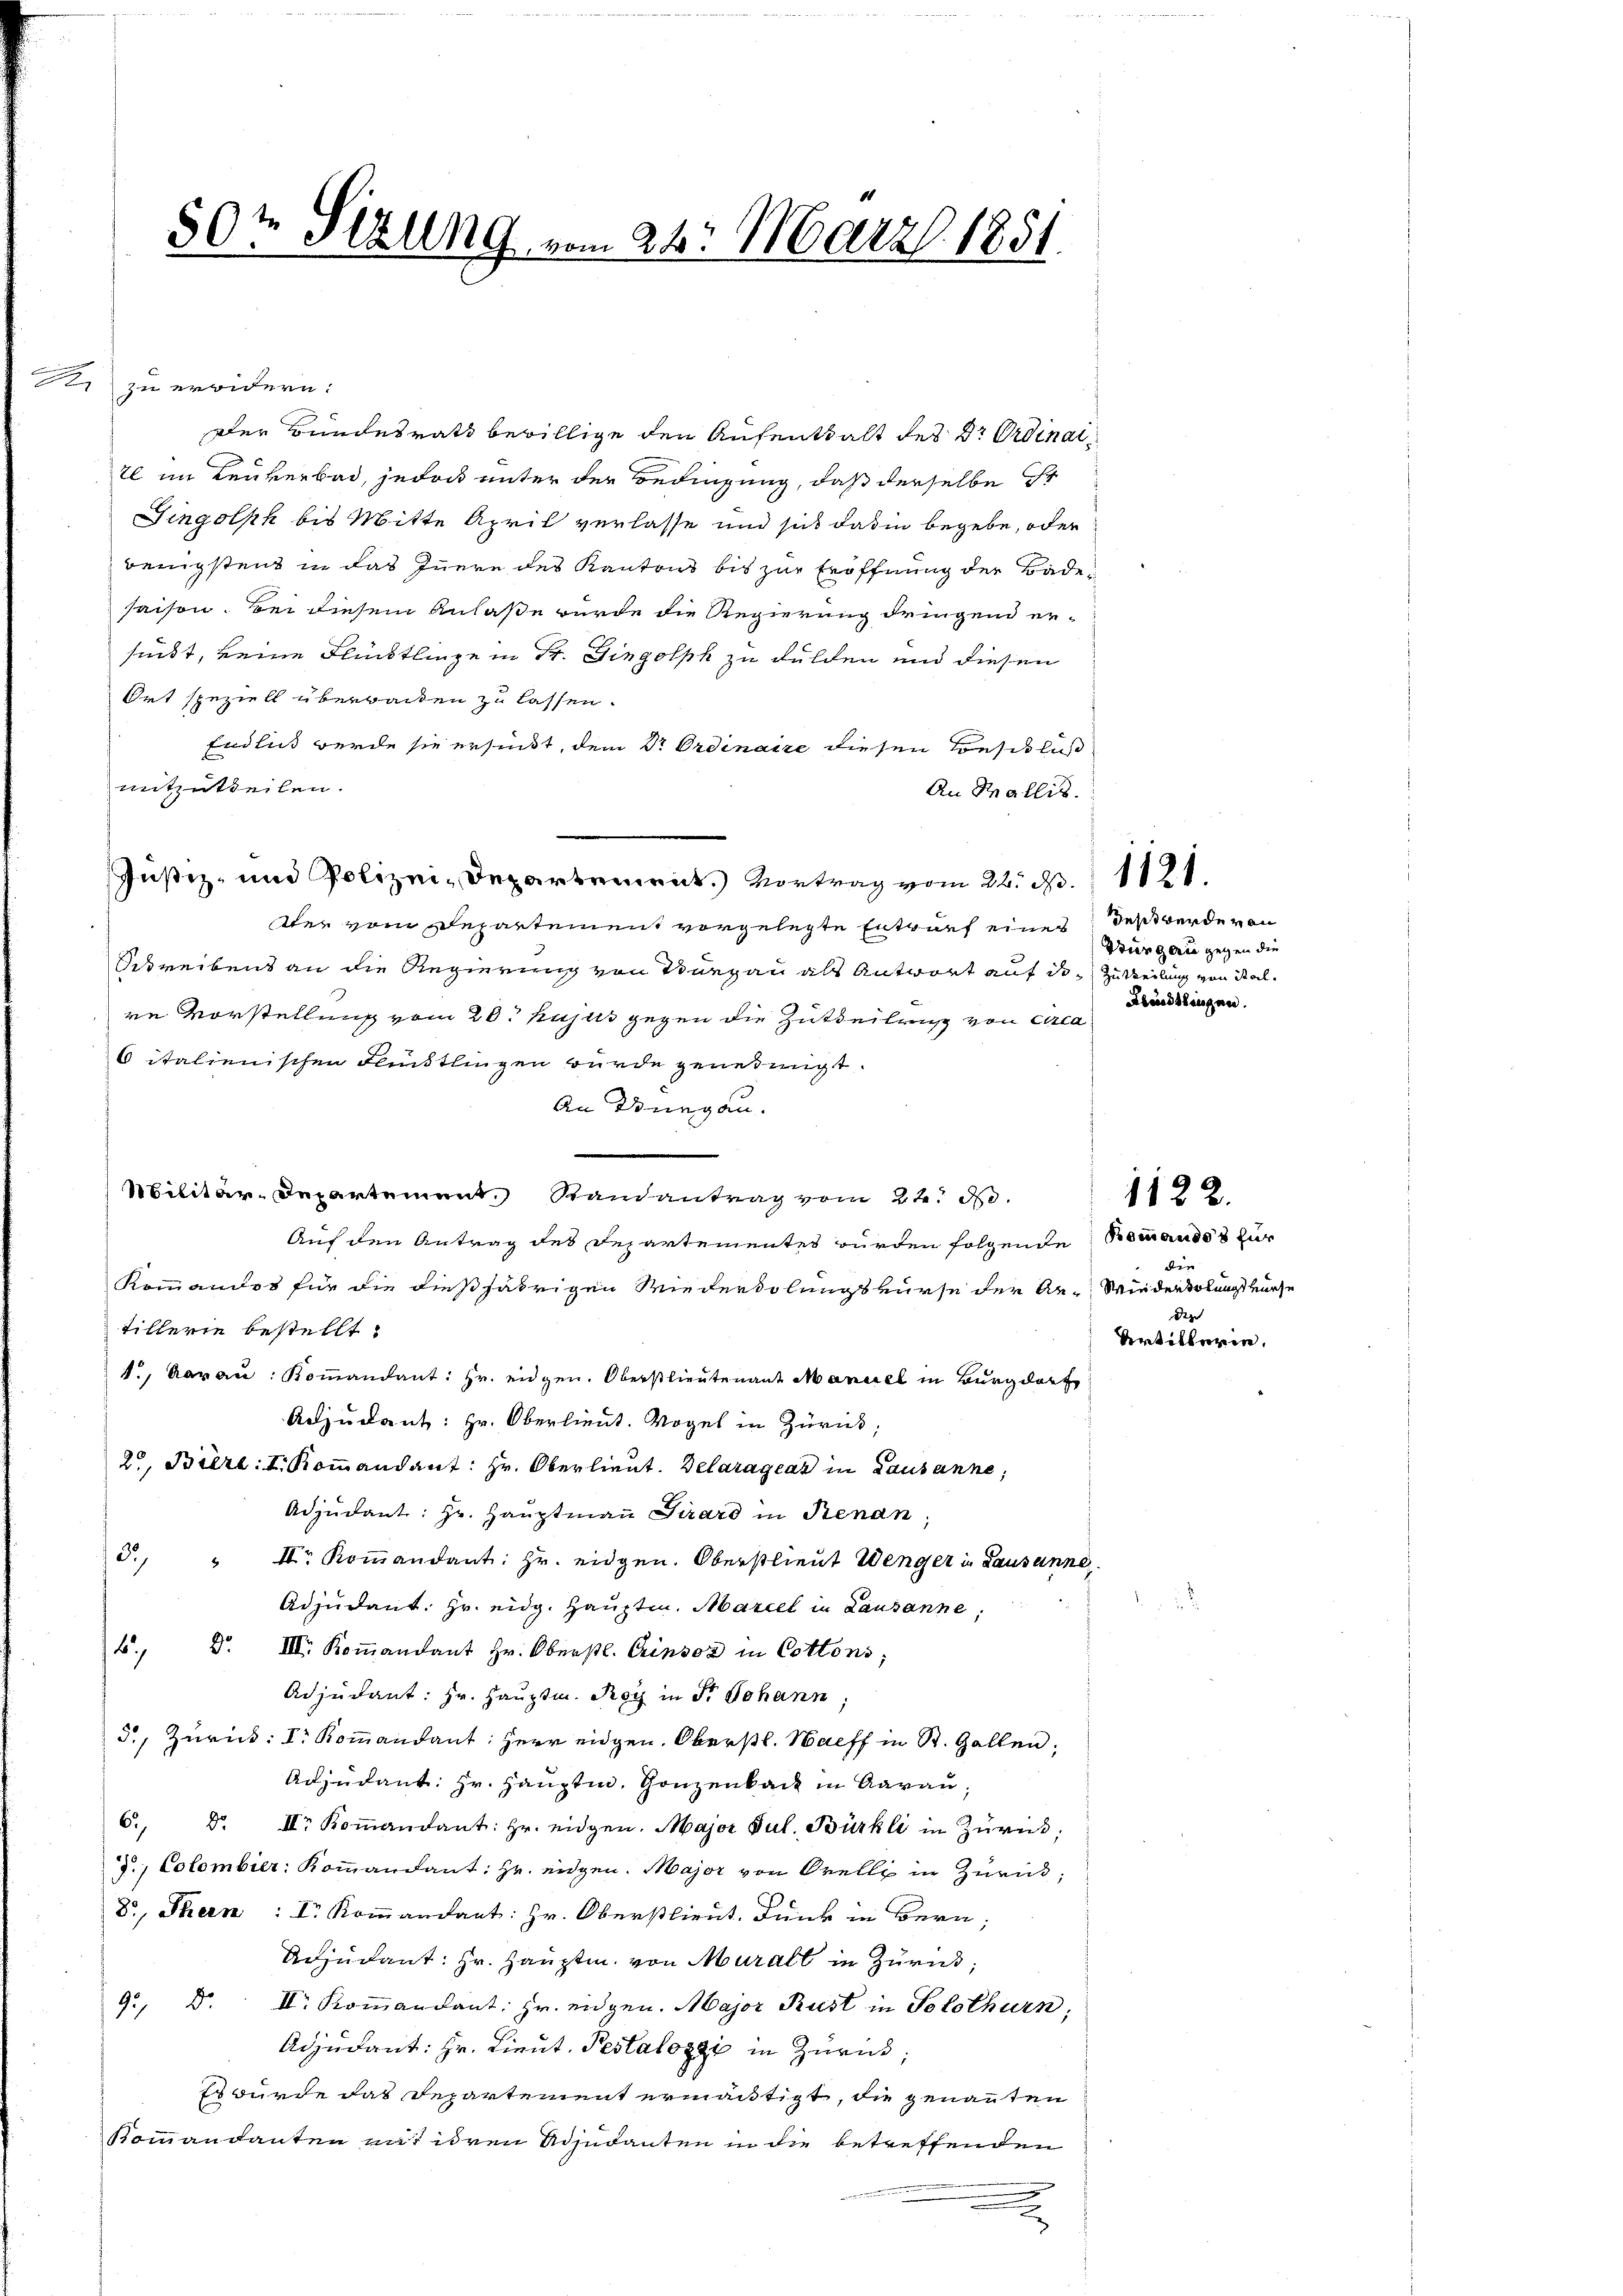
a

zu erwidern:
Der Bundesrath bewillige den Aufenthalt des Dr Ordinaitl im Leuverbad, jedoch unter der Bedingung, daß derselbe ihr
Tingolsk bis Mitte April verlasse und sich das in begebe, oder
wenigstens in das Innere des Kantons bis zur Eröffnung der Badesaison. Bei diesem Anlaße wurde die Regierung dringend ersinkt, keine Flüchtlinge in St. Gingolph zu dulden und diesen
Ort speziell überraten zu lassen.
Endlich werde sie ersinkt, dem dr Ordinaire diesen Besitlich
mitzutheilen.
An Wallis.
Justiz- und Polizei-Departement.) Vortrag vom 22. d. 1121.
tter vom Departement vorgelegte Entwurf eines des werde von
Betreiben an die Regierung von Burgau als Antwort auf den Zuteilung von Stalre Vorstellung vom 20. hujus gegen die Zutheilung von Arca
6 italienischen Flüchtlingen wurde genehmigt.
An Burgau.
Militär-Departement. Randantrag vom 2te No.
Auf den Antrag des Departementes wurden folgende
Kommandos für die dießjährigen Wiederholungskurse der An-
tillerie bestellt.
1., Aarau: Koṁandant: Hr. eidgen. Oberstlieutenant Maniel in Burgdorf
Adjudent: Hr. Oberlieut. Vogel in Zurück;
2, Biert: I. Kommandant: Hr. Oberlieut. Delaragrar in Lausanne,
Adjudent: Hr. Hauptmann Girard in Renan
d. " II. Koṁandant: Hr. eidgen. Oberstlieut Wenger in Lausanne
Adjŭdant. Hr. eidg. Hauptm. Mariel in Lausanne;
5
Do III. Koṁandant Hr. Oberstl. Grinsor in Cottons;
Adjutant: Hr. Hauptm. Roy in Fr. Johann
d., Zurück: Dr Kommandant: Herr eidgen. Oberstl. Halff in St. Gallen,
Adjudant: Hr. Hauptm. Gonzenbach in Aarau,
6. d. II. Koṁandant: Hr. eidgen. Major Jul. Bürkli in Zürich;
z., Colombier: Kommandant: Hr. eidgen. Major von Orelle in Zurück,
8, Theen : I. Koṁandant: Hr. Oberstlieut. Junk in Bern,
Aiudant: Hr. Hauptm. von Murall in Zürich,
9. Dr. II. Koṁandant. Fr. eidgen. Major Rust in Solothurn,
Adjutant: Hr. Lieut. Pestalozzi in Zurück;
Es wurde das Departement ermächtigt, die genannten
Kommandanten auf ihren Adjudanten in die betreffenden
u

50r Sitzung vom 24. März 1851.

Bürgeri gegen die
Blindtlingen.

Bommandos für
den
Minden solangt kurze
der
Artiklaren.

1122.